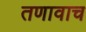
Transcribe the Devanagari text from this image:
तणावाच